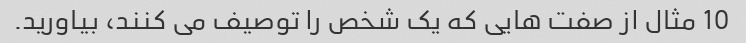
10 مثال از صفت هایی که یک شخص را توصیف می کنند، بیاورید.